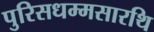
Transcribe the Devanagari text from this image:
पुरिसधम्मसारथि